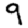
Digit: 9